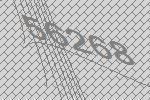
56268